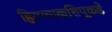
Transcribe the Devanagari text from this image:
हिरण्याकशिपूकडे